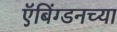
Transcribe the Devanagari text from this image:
ऍबिंग्डनच्या